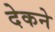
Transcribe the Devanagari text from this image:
देकने